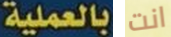
بالعملية انت